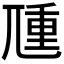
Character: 𡰁